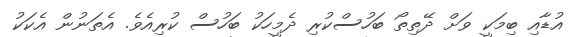
އުޑާއި ބިމަކީ ވަށް ދޭތިތޯ ބަހުސްކުރި ދެމީހަކު ބަހުސް ކުރިއެވެ. އެތަނުން އެކަކު